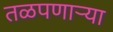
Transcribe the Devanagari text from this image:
तळपणाऱ्या